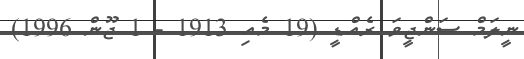
ނީލަމް ސަންޖީވަ ރެއްޑީ (19 މެއި 1913 - 1 ޖޫން 1996)